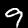
Digit: 9